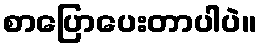
စာပြောပေးတာပါပဲ။